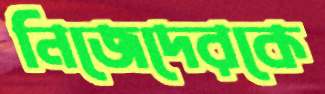
নিজেদেরকে